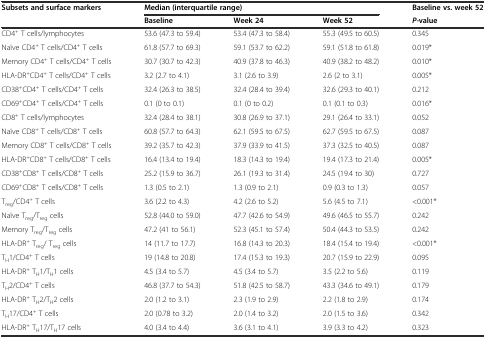
<table><thead><tr><td><b>Subsets and surface markers</b></td><td colspan="3"><b>Median (interquartile range)</b></td><td><b>Baseline vs. week 52</b></td></tr><tr><td></td><td><b>Baseline</b></td><td><b>Week 24</b></td><td><b>Week 52</b></td><td><b><i>P-</i>value</b></td></tr></thead><tbody><tr><td>CD4<sup>+</sup> T cells/lymphocytes</td><td>53.6 (47.3 to 59.4)</td><td>53.4 (47.3 to 58.4)</td><td>55.3 (49.5 to 60.5)</td><td>0.345</td></tr><tr><td>Naïve CD4<sup>+</sup> T cells/CD4<sup>+</sup> T cells</td><td>61.8 (57.7 to 69.3)</td><td>59.1 (53.7 to 62.2)</td><td>59.1 (51.8 to 61.8)</td><td>0.019*</td></tr><tr><td>Memory CD4<sup>+</sup> T cells/CD4<sup>+</sup> T cells</td><td>30.7 (30.7 to 42.3)</td><td>40.9 (37.8 to 46.3)</td><td>40.9 (38.2 to 48.2)</td><td>0.010*</td></tr><tr><td>HLA-DR<sup>+</sup>CD4<sup>+</sup> T cells/CD4<sup>+</sup> T cells</td><td>3.2 (2.7 to 4.1)</td><td>3.1 (2.6 to 3.9)</td><td>2.6 (2 to 3.1)</td><td>0.005*</td></tr><tr><td>CD38<sup>+</sup>CD4<sup>+</sup> T cells/CD4<sup>+</sup> T cells</td><td>32.4 (26.3 to 38.5)</td><td>32.4 (28.4 to 39.4)</td><td>32.6 (29.3 to 40.1)</td><td>0.212</td></tr><tr><td>CD69<sup>+</sup>CD4<sup>+</sup> T cells/CD4<sup>+</sup> T cells</td><td>0.1 (0 to 0.1)</td><td>0.1 (0 to 0.2)</td><td>0.1 (0.1 to 0.3)</td><td>0.016*</td></tr><tr><td>CD8<sup>+</sup> T cells/lymphocytes</td><td>32.4 (28.4 to 38.1)</td><td>30.8 (26.9 to 37.1)</td><td>29.1 (26.4 to 33.1)</td><td>0.052</td></tr><tr><td>Naïve CD8<sup>+</sup> T cells/CD8<sup>+</sup> T cells</td><td>60.8 (57.7 to 64.3)</td><td>62.1 (59.5 to 67.5)</td><td>62.7 (59.5 to 67.5)</td><td>0.087</td></tr><tr><td>Memory CD8<sup>+</sup> T cells/CD8<sup>+</sup> T cells</td><td>39.2 (35.7 to 42.3)</td><td>37.9 (33.9 to 41.5)</td><td>37.3 (32.5 to 40.5)</td><td>0.087</td></tr><tr><td>HLA-DR<sup>+</sup>CD8<sup>+</sup> T cells/CD8<sup>+</sup> T cells</td><td>16.4 (13.4 to 19.4)</td><td>18.3 (14.3 to 19.4)</td><td>19.4 (17.3 to 21.4)</td><td>0.005*</td></tr><tr><td>CD38<sup>+</sup>CD8<sup>+</sup> T cells/CD8<sup>+</sup> T cells</td><td>25.2 (15.9 to 36.7)</td><td>26.1 (19.3 to 31.4)</td><td>24.5 (19.4 to 30)</td><td>0.727</td></tr><tr><td>CD69<sup>+</sup>CD8<sup>+</sup> T cells/CD8<sup>+</sup> T cells</td><td>1.3 (0.5 to 2.1)</td><td>1.3 (0.9 to 2.1)</td><td>0.9 (0.3 to 1.3)</td><td>0.057</td></tr><tr><td>T<sub>reg</sub>/CD4<sup>+</sup> T cells</td><td>3.6 (2.2 to 4.3)</td><td>4.2 (2.6 to 5.2)</td><td>5.6 (4.5 to 7.1)</td><td>&lt;0.001*</td></tr><tr><td>Naïve T<sub>reg</sub>/T<sub>reg</sub> cells</td><td>52.8 (44.0 to 59.0)</td><td>47.7 (42.6 to 54.9)</td><td>49.6 (46.5 to 55.7)</td><td>0.242</td></tr><tr><td>Memory T<sub>reg</sub>/T<sub>reg</sub> cells</td><td>47.2 (41 to 56.1)</td><td>52.3 (45.1 to 57.4)</td><td>50.4 (44.3 to 53.5)</td><td>0.242</td></tr><tr><td>HLA-DR<sup>+</sup> T<sub>reg</sub>/ T<sub>reg</sub> cells</td><td>14 (11.7 to 17.7)</td><td>16.8 (14.3 to 20.3)</td><td>18.4 (15.4 to 19.4)</td><td>&lt;0.001*</td></tr><tr><td>T<sub>H</sub>1/CD4<sup>+</sup> T cells</td><td>19 (14.8 to 20.8)</td><td>17.4 (15.3 to 19.3)</td><td>20.7 (15.9 to 22.9)</td><td>0.095</td></tr><tr><td>HLA-DR<sup>+</sup> T<sub>H</sub>1/T<sub>H</sub>1 cells</td><td>4.5 (3.4 to 5.7)</td><td>4.5 (3.4 to 5.7)</td><td>3.5 (2.2 to 5.6)</td><td>0.119</td></tr><tr><td>T<sub>H</sub>2/CD4<sup>+</sup> T cells</td><td>46.8 (37.7 to 54.3)</td><td>51.8 (42.5 to 58.7)</td><td>43.3 (34.6 to 49.1)</td><td>0.179</td></tr><tr><td>HLA-DR<sup>+</sup> T<sub>H</sub>2/T<sub>H</sub>2 cells</td><td>2.0 (1.2 to 3.1)</td><td>2.3 (1.9 to 2.9)</td><td>2.2 (1.8 to 2.9)</td><td>0.174</td></tr><tr><td>T<sub>H</sub>17/CD4<sup>+</sup> T cells</td><td>2.0 (0.78 to 3.2)</td><td>2.0 (1.4 to 3.2)</td><td>2.0 (1.5 to 3.6)</td><td>0.342</td></tr><tr><td>HLA-DR<sup>+</sup> T<sub>H</sub>17/T<sub>H</sub>17 cells</td><td>4.0 (3.4 to 4.4)</td><td>3.6 (3.1 to 4.1)</td><td>3.9 (3.3 to 4.2)</td><td>0.323</td></tr></tbody></table>